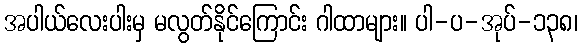
အပါယ်လေးပါးမှ မလွတ်နိုင်ကြောင်း ဂါထာများ။ ပါ-ပ-အုပ်-၁၃၈၊